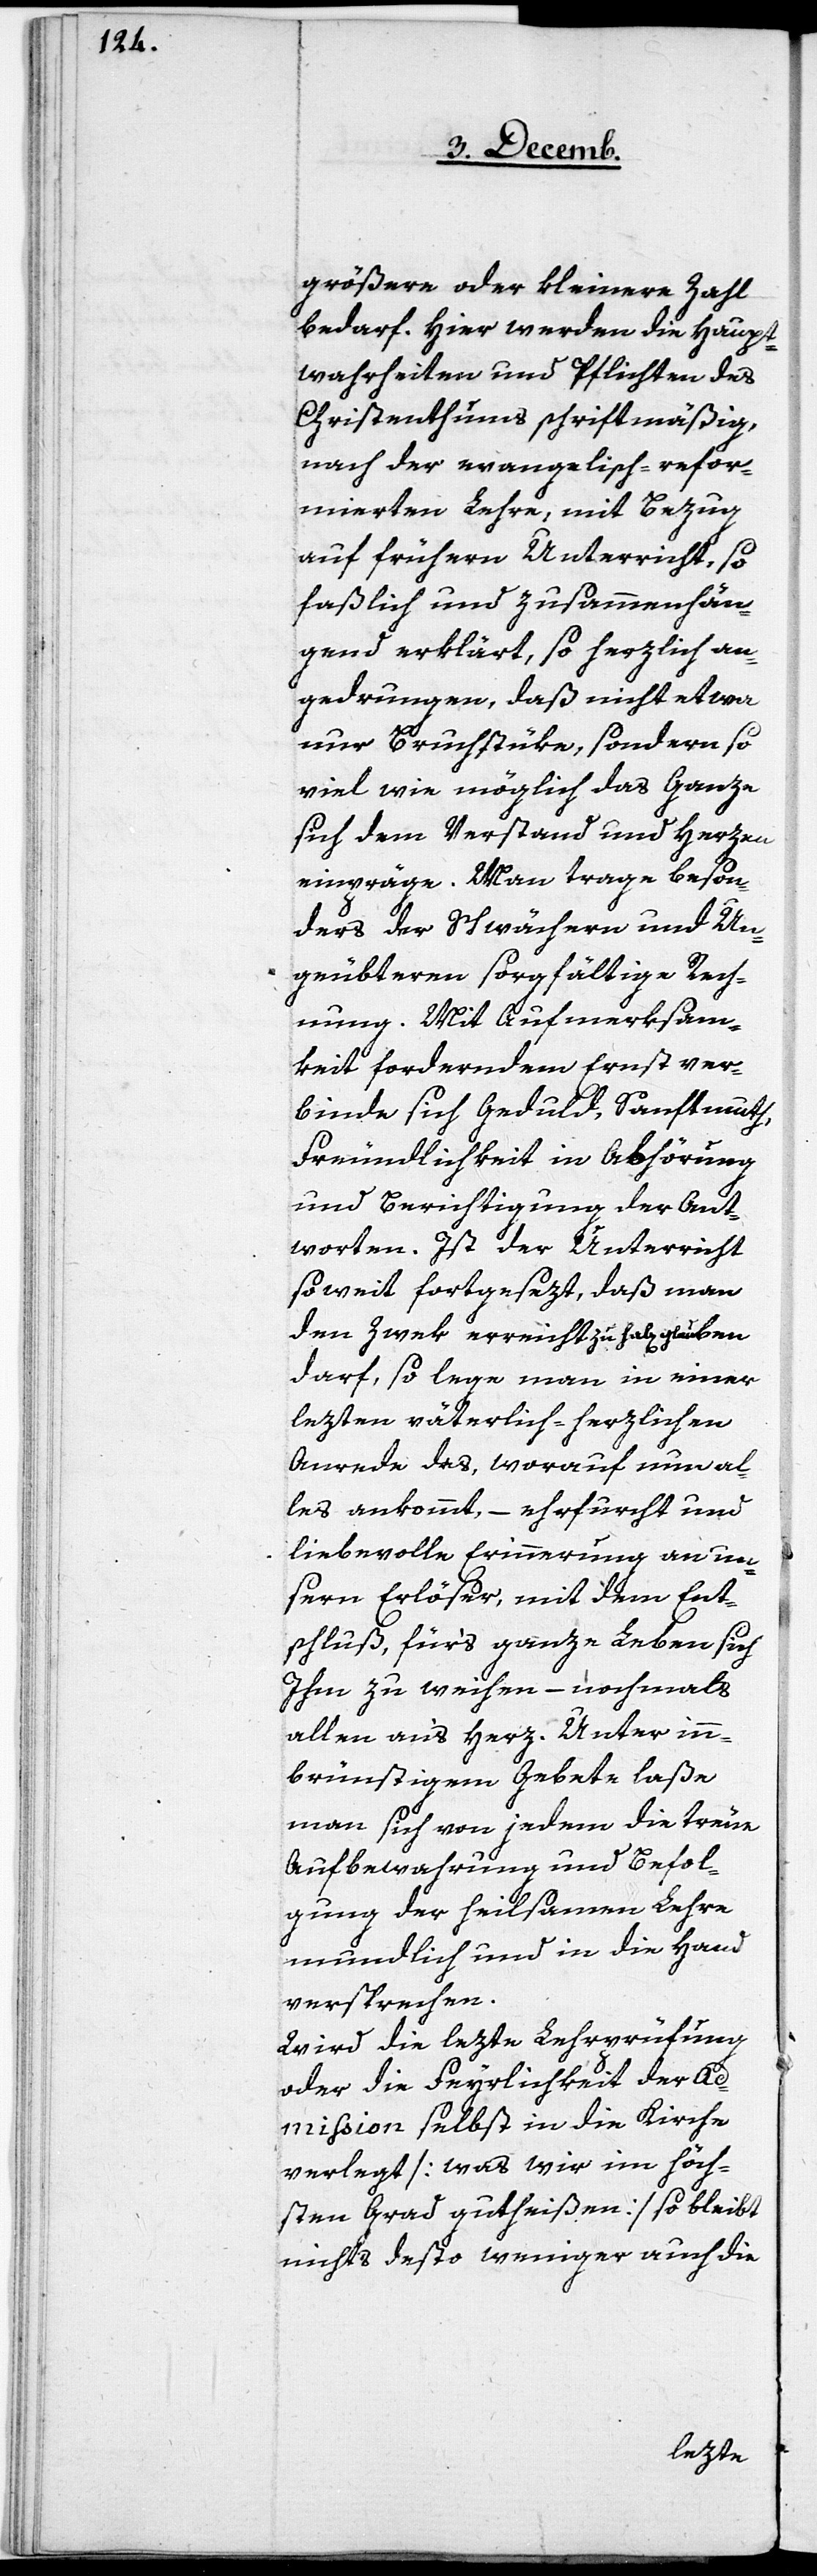
größere oder kleinere Zahl
bedarf. Hier werden die Haupt¬
wahrheiten und Pflichten des
Christenthums schriftmäßig,
nach der evangelisch-refor¬
mierten Lehre, mit Bezug
auf frühern Unterricht, so
faßlich und zusammenhän¬
gend erklärt, so herzlich an¬
gedrungen, daß nicht etwa
nur Bruchstüke, sondern so
viel wie möglich das Ganze
sich dem Verstand und Herzen
einpräge. Man trage beson¬
ders der Schwächeren und Un¬
geübteren sorgfältige Rech¬
nung. Mit Aufmerksam¬
keit forderndem Ernst ver¬
binde sich Geduld, Sanftmuth,
Freundlichkeit in Abhörung
und Berichtigung der Ant¬
worten. Ist der Unterricht
so weit fortgesezt, daß man
den Zwek errichten zu hab[en] glauben
darf, so lege man in einer
lezten väterlich-herzlichen
Anrede des, worauf nun al¬
les ankommt, – ehrfurcht
liebevolle Erinnerung an un¬
sern Erlöser, mit dem Ent¬
schluß, für‘s ganze Leben sich
Ihm zu weihen – nochmals
allen an‘s Herz. Unter inn¬
brünstigem Gebete laße
man sich von jedem die treue
Aufbewahrung und Befol¬
gung der heilsamen Lehre
mundlich und in die Hand
versprechen.
Wird die lezte Lehrprüfung
oder die Feyerlichkeit der Ad¬
mission selbst in die Kirche
verlegt [was wir im höch¬
sten Grad gutheißen] so bleibt
nichts desto weniger auch die